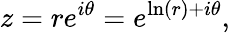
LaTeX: z=re^{i\theta}=e^{\ln(r)+i\theta},